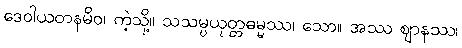
ဒေဝါယတနမိဝ၊ ကဲ့သို့။ သသမ္ပယုတ္တဓမ္မဿ၊ သော။ အဿ ဈာနဿ၊